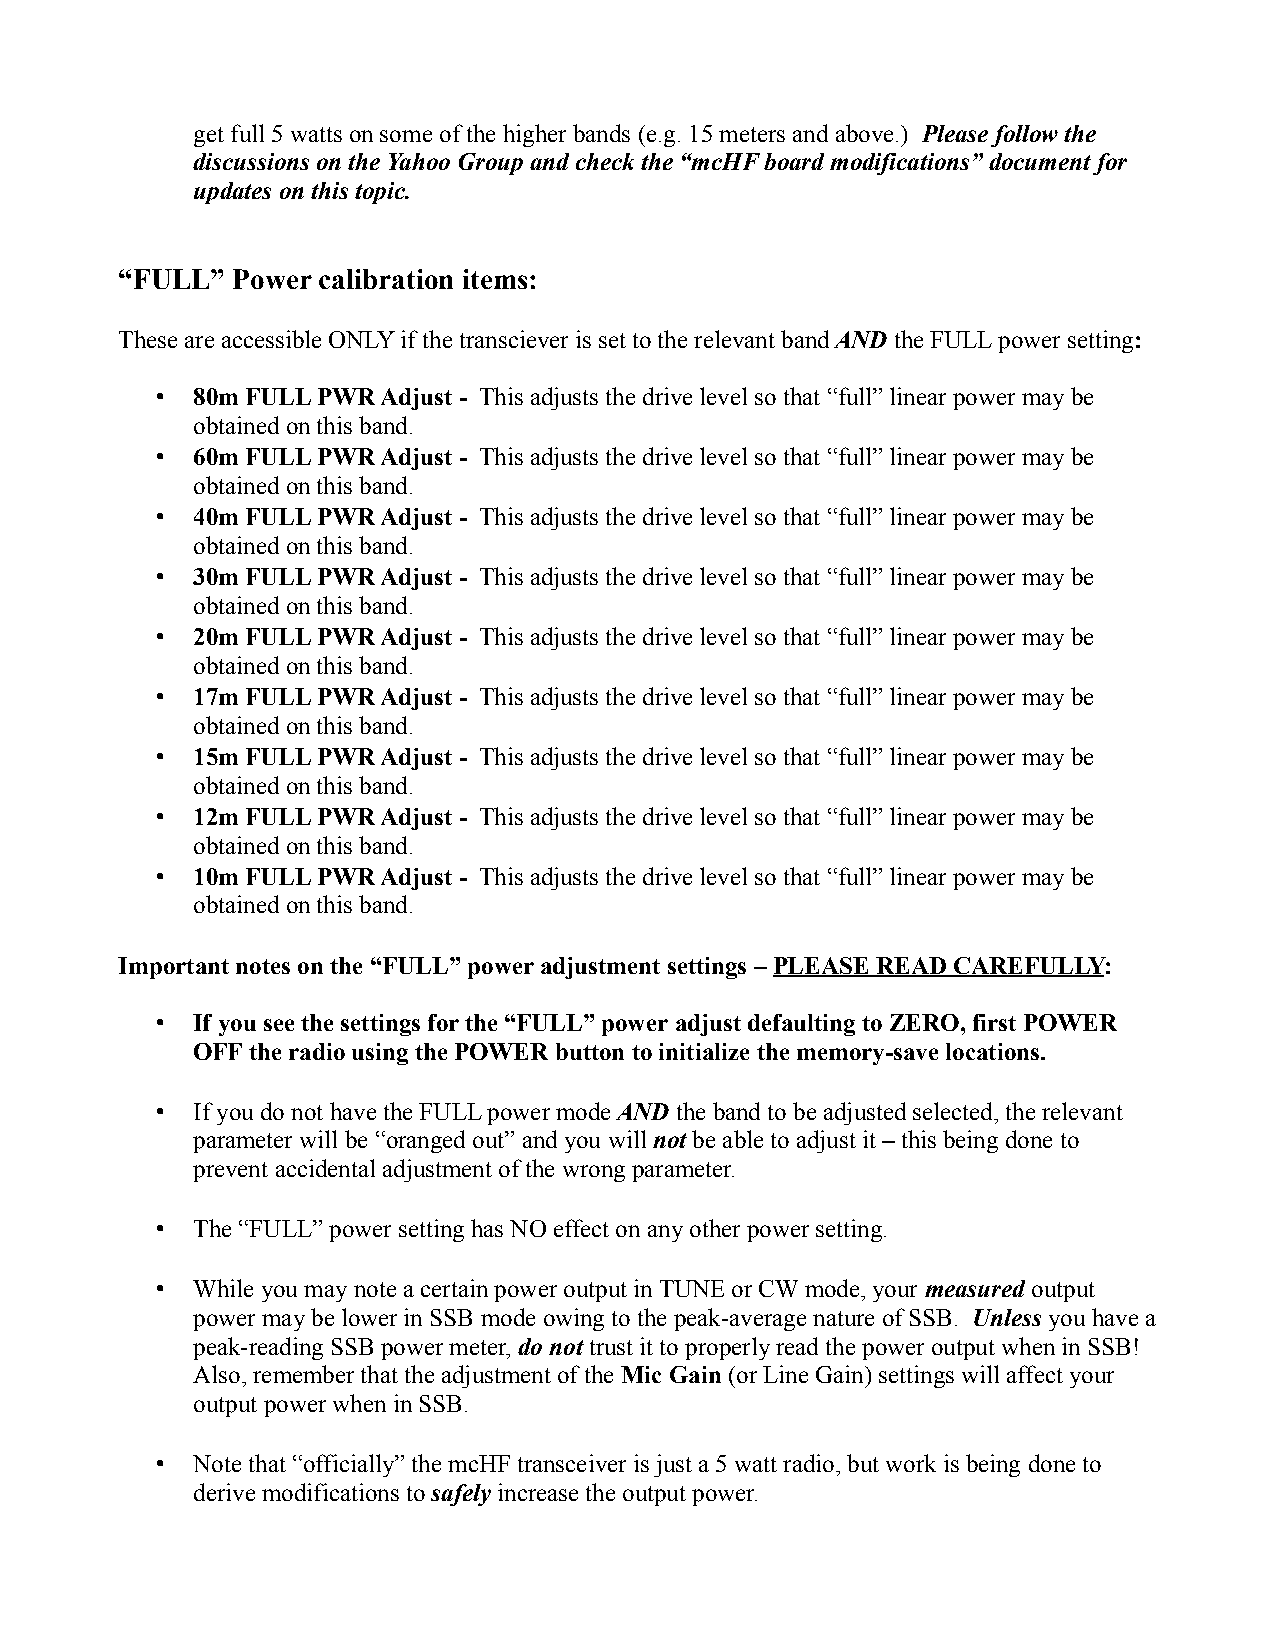
get full 5 watts on some of the higher bands (e.g. 15 meters and above.) Please follow the
 discussions on the Yahoo Group and check the “mcHF board modifications” document for
 updates on this topic.
 “FULL” Power calibration items:
 These are accessible ONLY if the transciever is set to the relevant band AND the FULL power setting:
 •  80m FULL PWR Adjust - This adjusts the drive level so that “full” linear power may be
 obtained on this band.
 •  60m FULL PWR Adjust - This adjusts the drive level so that “full” linear power may be
 obtained on this band.
 •  40m FULL PWR Adjust - This adjusts the drive level so that “full” linear power may be
 obtained on this band.
 •  30m FULL PWR Adjust - This adjusts the drive level so that “full” linear power may be
 obtained on this band.
 •  20m FULL PWR Adjust - This adjusts the drive level so that “full” linear power may be
 obtained on this band.
 •  17m FULL PWR Adjust - This adjusts the drive level so that “full” linear power may be
 obtained on this band.
 •  15m FULL PWR Adjust - This adjusts the drive level so that “full” linear power may be
 obtained on this band.
 •  12m FULL PWR Adjust - This adjusts the drive level so that “full” linear power may be
 obtained on this band.
 •  10m FULL PWR Adjust - This adjusts the drive level so that “full” linear power may be
 obtained on this band.
 Important notes on the “FULL” power adjustment settings – PLEASE READ CAREFULLY:
 •  If you see the settings for the “FULL” power adjust defaulting to ZERO, first POWER
 OFF the radio using the POWER button to initialize the memory-save locations.
 •  If you do not have the FULL power mode AND the band to be adjusted selected, the relevant
 parameter will be “oranged out” and you will not be able to adjust it – this being done to
 prevent accidental adjustment of the wrong parameter.
 •  The “FULL” power setting has NO effect on any other power setting.
 •  While you may note a certain power output in TUNE or CW mode, your measured output
 power may be lower in SSB mode owing to the peak-average nature of SSB. Unless you have a
 peak-reading SSB power meter, do not trust it to properly read the power output when in SSB!
 Also, remember that the adjustment of the Mic Gain (or Line Gain) settings will affect your
 output power when in SSB.
 •  Note that “officially” the mcHF transceiver is just a 5 watt radio, but work is being done to
 derive modifications to safely increase the output power.